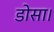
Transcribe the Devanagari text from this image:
डोसा।